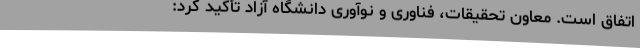
اتفاق است. معاون تحقیقات، فناوری و نوآوری دانشگاه آزاد تأکید کرد: